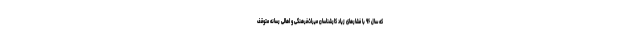
که سال ۹۶ با فشارهای زیاد کارشناسان میراث‌فرهنگی و اهالی رسانه متوقف